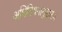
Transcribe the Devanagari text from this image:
अधिनियमानुसारच